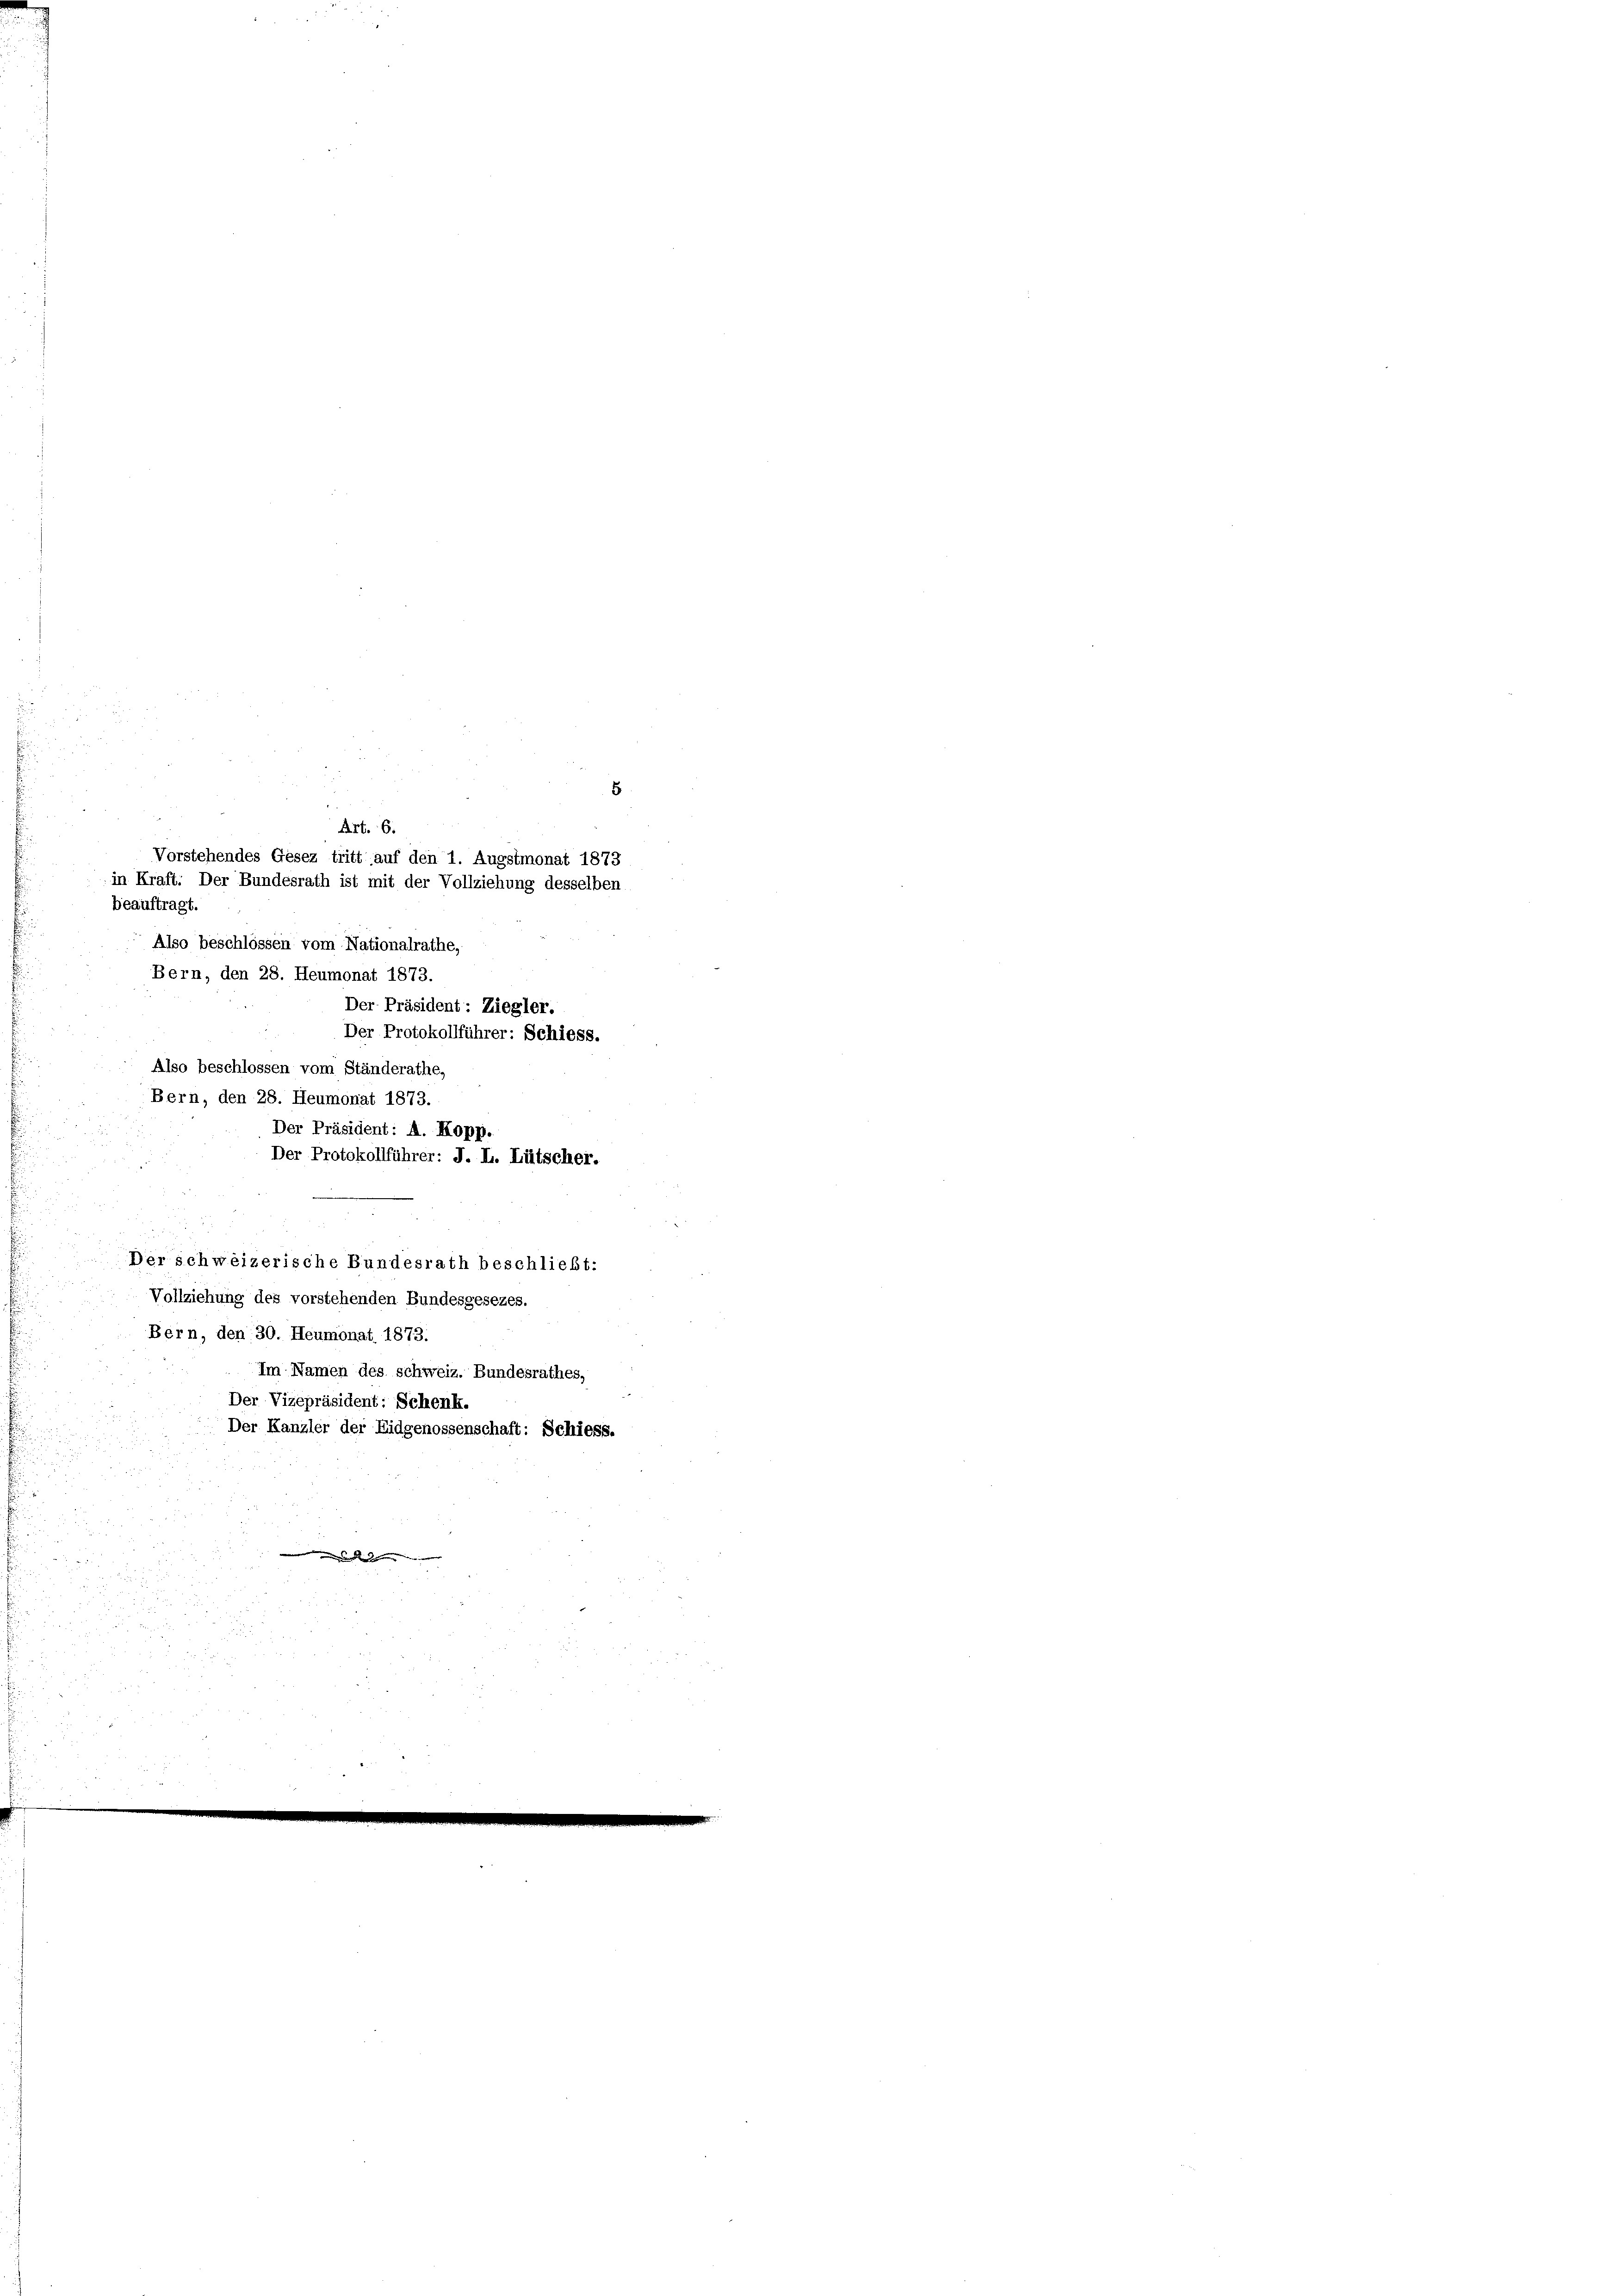
beauftragt.
Also beschlossen vom Nationalrathe,
Bern, den 28. Heumonat 1873.
Also beschlossen vom Ständerathe,

5.
in Kraft: Der Bundesrath ist mit der Vollziehung desselben
Der Präsident: Ziegler
Der Protokollführer: Schiess.
Bern, den 28. Heumonat 1873.
Der Präsident: A. Kopp
Der Protokollführer: J. L. Lütscher.

Art. 6.
Vorstehendes Gesez tritt auf den 1. Augstmonat 1873

Der schweizerische Bundesrath beschließt:

Vollziehung des vorstehenden Bundesgesezes.
Bern, den 30. Heumonat 1873.
Im Namen des schweiz. Bundesrathes,
Der Vizepräsident: Schenk.
Der Kanzler der Eidgenossenschaft: Schiess.

.

52
u d

zu

2

80
un